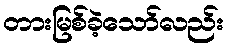
တားမြစ်ခဲ့သော်လည်း